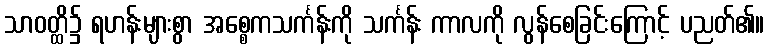
သာဝတ္ထိ၌ ရဟန်းများစွာ အစ္စေကသင်္ကန်းကို သင်္ကန်း ကာလကို လွန်စေခြင်းကြောင့် ပညတ်၏။